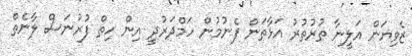
ޒެވިޔަން އަލީނާ ތުރުތުރު އަޅާތަން ފެނުމުން ހަމްދަރުދީ އިން ހިތް ފުރުނަސް ލާނެތް